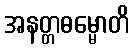
အနတ္တဓမ္မောတိ